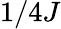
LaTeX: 1/4J